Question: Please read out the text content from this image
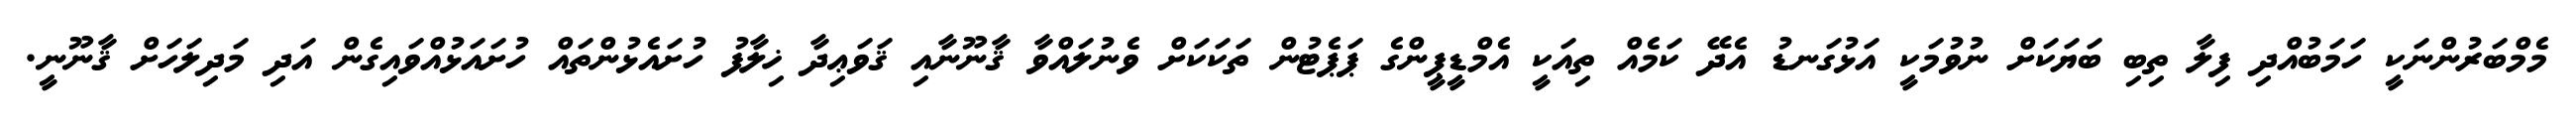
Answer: މެމްބަރުންނަކީ ހަމަބުއްދި ފިލާ ތިބި ބަޔަކަށް ނުވުމަކީ އަޅުގަނޑު އެދޭ ކަމެއް ތިއަކީ އެމްޑީޕީންގެ ޕަޕެޓުން ތަކަކަށް ވެނުލައްވާ ޤާނޫނާއި ޤަވަޢިދާ ޚިލާފު ހުށައެޅުންތައް ހުށައަޅުއްވައިގެން އަދި މަދިލަހަށް ޤާނޫނީ.